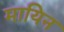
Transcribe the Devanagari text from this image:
मायिन